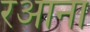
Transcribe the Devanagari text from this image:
रआना